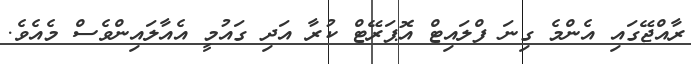
ރާއްޖޭގައި އެންމެ ގިނަ ފްލައިޓް އޮޕަރޭޓް ކުރާ އަދި ގައުމީ އެއާލައިންވެސް މެއެވެ.